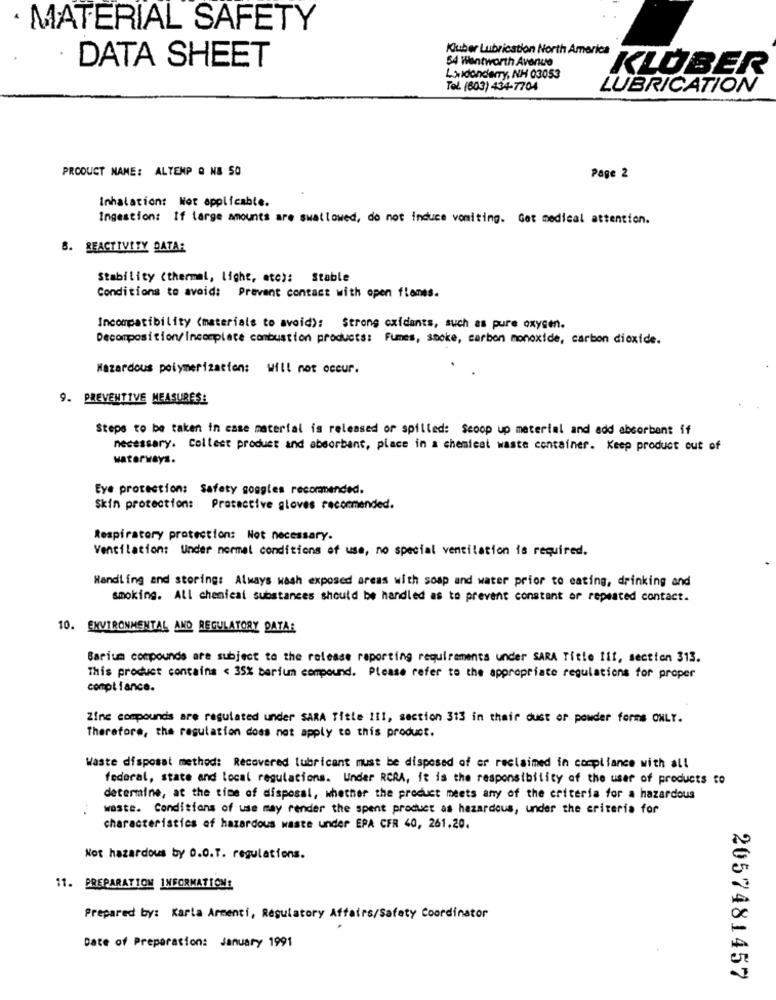
· MATERIAL SAFETY
54 Wentworth Avenue
DATA SHEET
Huber Lubrication North America KIBER
Luidonderry, NH 03053
Tel. (603) 434-7704
LUBRICATION
PRODUCT NAME: ALTEMP Q NB 50
Page 2
Inhalation: Not applicable.
Ingestion: If large amounts are swallowed, do not induce vomiting. Get medical attention.
8. REACTIVITY DATA:
Stability (thermal, light, etc): Stable
Conditions to avoid: Prevent contact with open flames.
Incompatibility (materials to avoid): Strong oxidants, such as pure oxygen.
Decomposition/Incomplete combustion products: Fumes, smoke, carbon monoxide, carbon dioxide.
Hazardous polymerization: Will not occur.
9. PREVENTIVE MEASURES:
Steps to be taken in case material is released or spilled: Scoop up material and add absorbant if
necessary. Collect product and absorbant, place in a chemical waste container. Keep product out of
waterways.
Eye protection: Safety goggles recommended.
Skin protection: Protective gloves recommended.
Respiratory protection: Not necessary.
Ventilation: Under normal conditions of use, no special ventilation is required.
Handling and storing: Always wash exposed areas with soap and water prior to eating, drinking and
smoking. All chemical substances should be handled as to prevent constant or repeated contact.
10. ENVIRONMENTAL AND REGULATORY DATAR
Barium compounds are subject to the release reporting requirements under SARA Title Ill, section 313.
This product contains < 35% barium compound. Please refer to the appropriate regulations for proper
compliance.
Zinc compounds are regulated under SARA Title 111, section 313 in their dust of powder forms ONLY.
Therefore, the regulation does not apply to this product.
Waste disposal method: Recovered lubricant must be disposed of or reclaimed in compliance with all
federal, state and local regulations. Under RCRA, it is the responsibility of the user of products to
determine, at the time of disposal, whether the product meets any of the criteria for a hazardous
waste. Conditions of use may render the spent product as hazardous, under the criteria for
characteristics of hazardous waste under EPA CFR 40, 261.20.
Not hazardous by 0.0.T. regulations.
11. PREPARATION INFORMATION:
Prepared by: Karta Armenti, Regulatory Affairs/Safety Coordinator
Date of Preparation: January 1991
2057481457